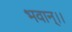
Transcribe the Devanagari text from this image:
भवान्।।